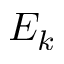
E _ { k }